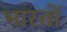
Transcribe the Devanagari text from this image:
भारतों